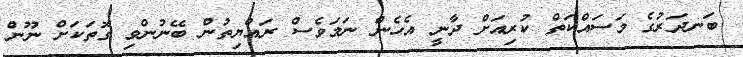
ބަނދަރުގެ މަސައްކަތް ކުރިއަށް ދާނީ އެހެން ނަަމަވެސް ރައްޔިތުން ބޭނުންވި ގޮތަކަށް ނޫން